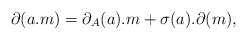
\begin{align*}\partial(a.m)=\partial_A(a).m+\sigma(a).\partial(m),\end{align*}